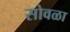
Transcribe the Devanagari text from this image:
सोवळा